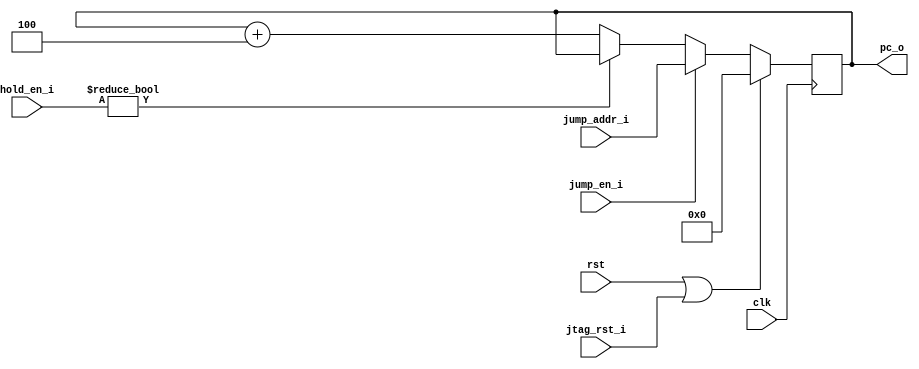
module program_counter(
	input clk,
	input rst,
	input jump_en_i,
	input [31:0] jump_addr_i,
	input [2:0]  hold_en_i,
	input jtag_rst_i,
	output reg [31:0] pc_o	
);

always@(posedge clk) 
begin
	if (rst || jtag_rst_i)
	begin
		pc_o <= 0;
	end
	
	else if (jump_en_i)
	begin
		pc_o <= jump_addr_i;
	end
	
	else if (hold_en_i)
	begin
		pc_o <= pc_o;
	end
	
	else
	begin
		pc_o <= pc_o + 4;
	end
end

endmodule